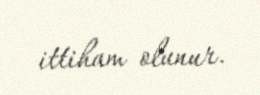
ittiham olunur.